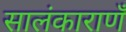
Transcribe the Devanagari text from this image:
सालंकाराणँ